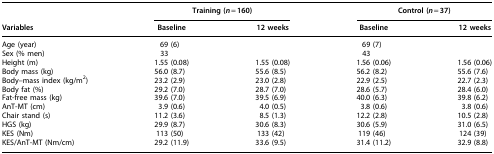
<table><thead><tr><td><b> </b></td><td colspan="2"><b>Training (<i>n</i> = 160)</b></td><td colspan="2"><b>Control (<i>n</i> = 37)</b></td></tr><tr><td><b>Variables</b></td><td><b>Baseline</b></td><td><b>12 weeks</b></td><td><b>Baseline</b></td><td><b>12 weeks</b></td></tr></thead><tbody><tr><td>Age (year)</td><td>69 (6)</td><td> </td><td>69 (7)</td><td> </td></tr><tr><td>Sex (% men)</td><td>33</td><td> </td><td>43</td><td> </td></tr><tr><td>Height (m)</td><td>1.55 (0.08)</td><td>1.55 (0.08)</td><td>1.56 (0.06)</td><td>1.56 (0.06)</td></tr><tr><td>Body mass (kg)</td><td>56.0 (8.7)</td><td>55.6 (8.5)</td><td>56.2 (8.2)</td><td>55.6 (7.6)</td></tr><tr><td>Body–mass index (kg/m<sup>2</sup>)</td><td>23.2 (2.9)</td><td>23.0 (2.8)</td><td>22.9 (2.5)</td><td>22.7 (2.3)</td></tr><tr><td>Body fat (%)</td><td>29.2 (7.0)</td><td>28.7 (7.0)</td><td>28.6 (5.7)</td><td>28.4 (6.0)</td></tr><tr><td>Fat-free mass (kg)</td><td>39.6 (7.0)</td><td>39.5 (6.9)</td><td>40.0 (6.3)</td><td>39.8 (6.2)</td></tr><tr><td>AnT-MT (cm)</td><td>3.9 (0.6)</td><td>4.0 (0.5)</td><td>3.8 (0.6)</td><td>3.8 (0.6)</td></tr><tr><td>Chair stand (s)</td><td>11.2 (3.6)</td><td>8.5 (1.3)</td><td>12.2 (2.8)</td><td>10.5 (2.8)</td></tr><tr><td>HGS (kg)</td><td>29.9 (8.7)</td><td>30.6 (8.3)</td><td>30.6 (5.9)</td><td>31.0 (6.5)</td></tr><tr><td>KES (Nm)</td><td>113 (50)</td><td>133 (42)</td><td>119 (46)</td><td>124 (39)</td></tr><tr><td>KES/AnT-MT (Nm/cm)</td><td>29.2 (11.9)</td><td>33.6 (9.5)</td><td>31.4 (11.2)</td><td>32.9 (8.8)</td></tr></tbody></table>